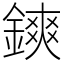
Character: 鏯